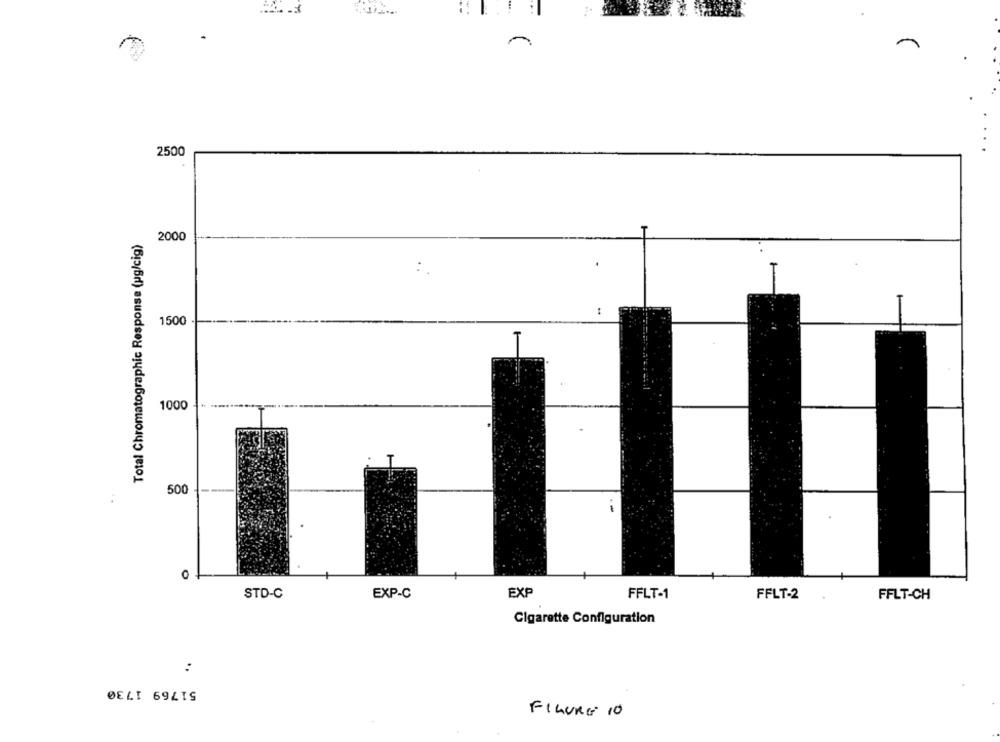
2500
Total Chromatographic Response (pg/cig)
2000
1500 -
1000
500
O
EXP-C
EXP
STD-C
FFLT-1
FFLT-2
FFLT-CH
Cigarette Configuration
:
51769 1730
FIGURE 10